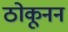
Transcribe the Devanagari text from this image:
ठोकूनन